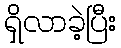
ရှိလာခဲ့ပြီး